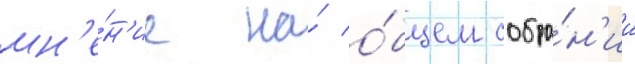
мн'е́н'ие на́ о́бщем собра́н'ии